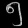
Digit: ၅